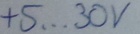
Text: +5...30V